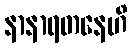
နာနာရတနေဟိ